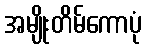
အမျိုးတိမ်ကောပုံ